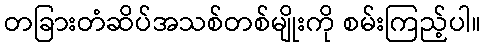
တခြားတံဆိပ်အသစ်တစ်မျိုးကို စမ်းကြည့်ပါ။